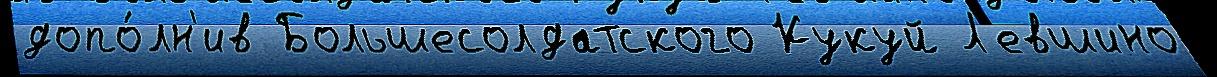
допо́лн'ив Большесолдатского Кукуй Л'евшино